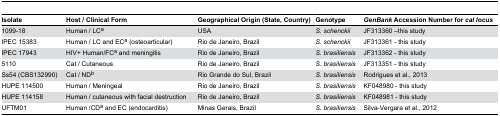
| Isolate | Host / Clinical Form | Geographical Origin (State, Country) | Genotype | GenBank Accession Number forcal locus |
 | --- | --- | --- | --- | --- |
 | 1099-18 | Human / LCa | USA | S. schenckii | JF313360 –this study |
 | IPEC 15383 | Human / LC and ECa (osteoarticular) | Rio de Janeiro, Brazil | S. schenckii | JF313361 - this study |
 | IPEC 17943 | HIV+ Human/FCa and meningitis | Rio de Janeiro, Brazil | S. brasiliensis | JF313362 - this study |
 | 5110 | Cat / Cutaneous | Rio de Janeiro, Brazil | S. brasiliensis | JF313351 - this study |
 | Ss54 (CBS132990) | Cat / NDb | Rio Grande do Sul, Brazil | S. brasiliensis | Rodrigues et al., 2013 |
 | HUPE 114500 | Human / Meningeal | Rio de Janeiro, Brazil | S. brasiliensis | KF048980 - this study |
 | HUPE 114158 | Human / cutaneous with facial destruction | Rio de Janeiro, Brazil | S. brasiliensis | KF048981 - this study |
 | UFTM01 | Human /CDa and EC (endocarditis) | Minas Gerais, Brazil | S. brasiliensis | Silva-Vergara et al., 2012 |